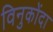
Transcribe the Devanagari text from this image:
विनुकोंदा